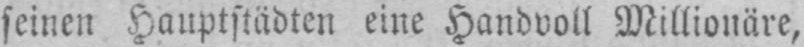
seinen Hauptstädten eine Handvoll Millionäre,